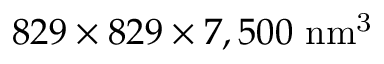
8 2 9 \times 8 2 9 \times 7 , 5 0 0 \ \mathrm { { n m ^ { 3 } } }